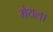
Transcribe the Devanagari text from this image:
मेथला